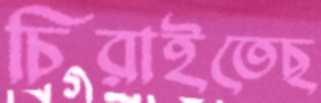
চিরাইতেছ